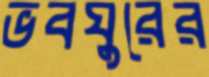
ভবঘুরের